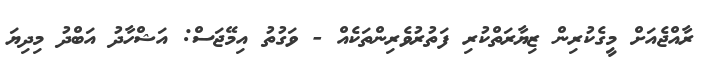
ރާއްޖެއަށް މީގެކުރިން ޒިޔާރަތްކުރި ފަތުރުވެރިންތަކެއް - ވަގުތު އިމޭޖަސް: އަޝްހާދު އަބްދު މިދިޔަ